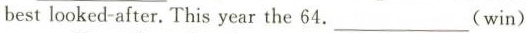
best looked-after.This year the 64.___(win)